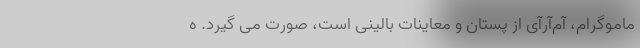
ماموگرام، آم‌آر‌آی از پستان و معاینات بالینی است، صورت می گیرد. ه